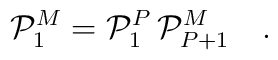
{\cal P}_1^M={\cal P}_1^P\,{\cal P}_{P+1}^M\quad.